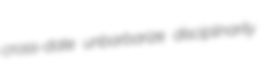
cross-date unbarbarize disciplinarily